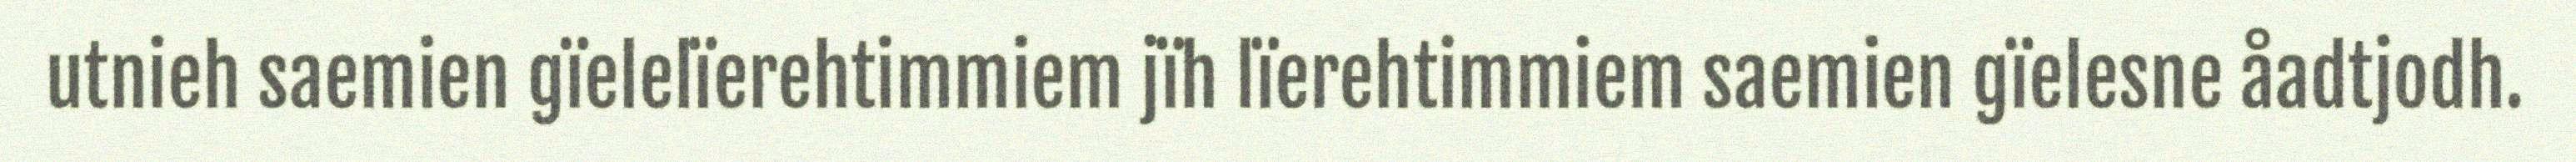
utnieh saemien gïelelïerehtimmiem jïh lïerehtimmiem saemien gïelesne åadtjodh.